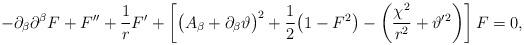
LaTeX: \begin{align*}-\partial_\beta\partial^\beta F + F'' + \frac{1}{r}F' + \left[\big(A_\beta + \partial_\beta\vartheta\big)^2 + \frac12\big(1-F^2\big) -\left(\frac{\chi^2}{r^2} + \vartheta'{}^2\right)\right]F = 0,\end{align*}